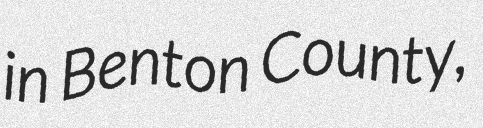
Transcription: in Benton County,